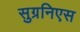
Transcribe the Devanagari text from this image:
सुग्रनिएस